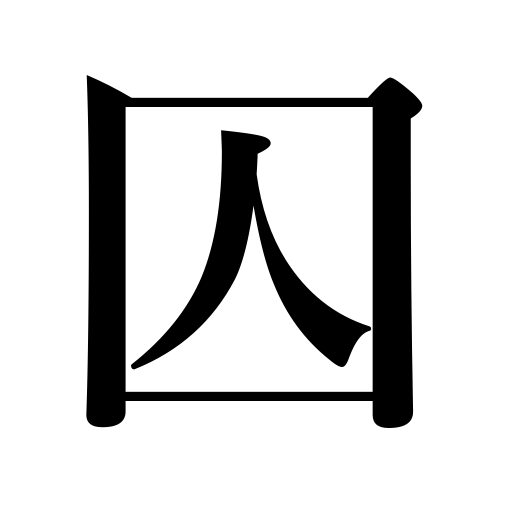
Meanings: arrest,criminal